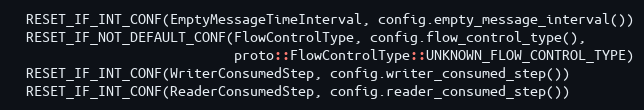
Language: C++
  RESET_IF_INT_CONF(EmptyMessageTimeInterval, config.empty_message_interval())
  RESET_IF_NOT_DEFAULT_CONF(FlowControlType, config.flow_control_type(),
                            proto::FlowControlType::UNKNOWN_FLOW_CONTROL_TYPE)
  RESET_IF_INT_CONF(WriterConsumedStep, config.writer_consumed_step())
  RESET_IF_INT_CONF(ReaderConsumedStep, config.reader_consumed_step())